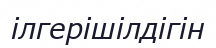
ілгерішілдігін